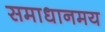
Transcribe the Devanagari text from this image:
समाधानमय